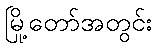
မြို့တော်အတွင်း